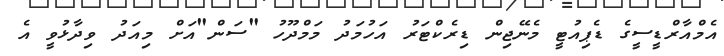
އެމްއާރްޑީސީގެ ޑެޕިއުޓީ މެނޭޖިން ޑިރެކްޓަރު އަހުމަދު މަމްދޫހު "ސަން"އަށް މިއަދު ވިދާޅުވީ އެ